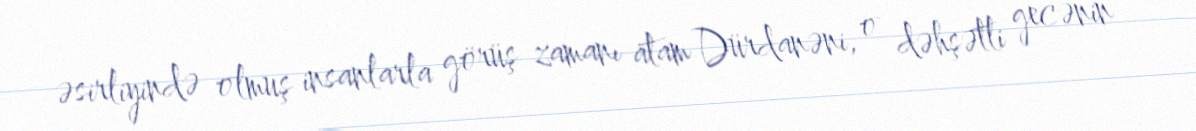
əsirliyində olmuş insanlarla görüş zamanı atam Dürdanəni, o dəhşətli gecənin